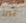
تبرز